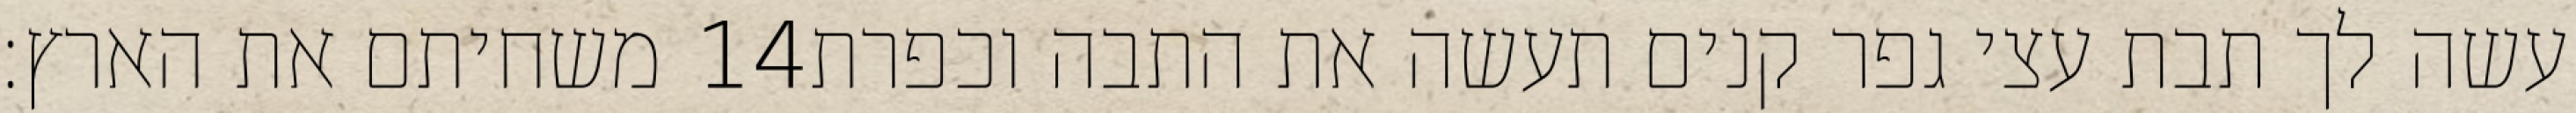
משחיתם את הארץ׃ ‎14‏ עשה לך תבת עצי גפר קנים תעשה את התבה וכפרת